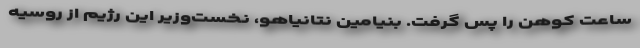
ساعت کوهن را پس گرفت. بنیامین نتانیاهو، نخست‌وزیر این رژیم از روسیه